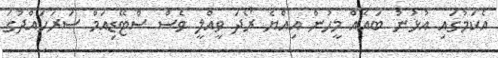
އެކަމުގައި އުޅުނު ބައެއް މީހުން އިއްޔެ ރޯދަ ވީއްލީ ވެސް ސްޓޭޑިއަމް ސަރަހައްދުގަ